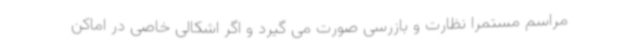
مراسم مستمرا نظارت و بازرسی صورت می گیرد و اگر اشکالی خاصی در اماکن